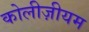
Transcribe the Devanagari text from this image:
कोलीज़ीयम